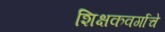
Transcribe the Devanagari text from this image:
शिक्षकवर्गाचे